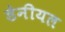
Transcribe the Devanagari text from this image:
डेनीयल